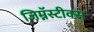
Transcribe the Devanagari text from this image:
जिम्नॅस्टीक्स